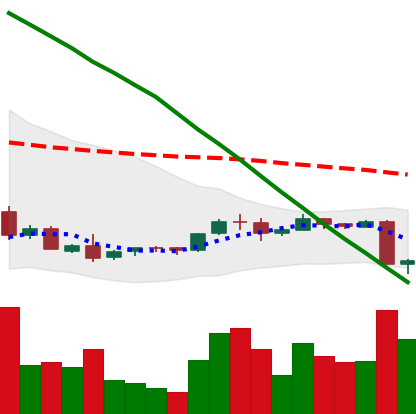
Ticker: ADA-USD
Chart end date: 2018-09-06
Forward return: -20.473%
Label: down_7plus